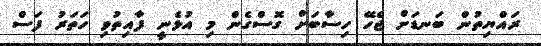
ރައްޔިތުން ބަނޑަށް ޖެހޭ ހިސާބަށް ގޮސްގެން މި އުޅެނީ ފާއިތުވި ހަތަރު ފަސް